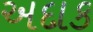
અદાક